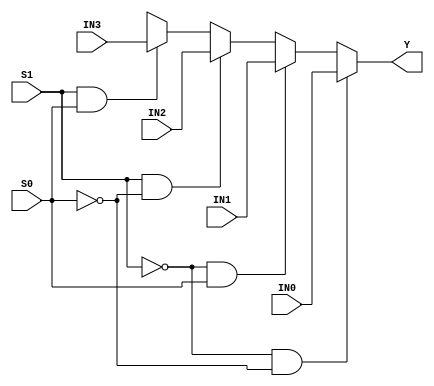
//------------------------------------------------------
// Copyright 1992, 1993 Cascade Design Automation Corporation.
//------------------------------------------------------
module stdmux4(IN0,IN1,IN2,IN3,S0,S1,Y);
  parameter
        d_IN0_r = 0,
        d_IN0_f = 0,
        d_IN1_r = 0,
        d_IN1_f = 0,
        d_IN2_r = 0,
        d_IN2_f = 0,
        d_IN3_r = 0,
        d_IN3_f = 0,
        d_S0_r = 0,
        d_S0_f = 0,
        d_S1_r = 0,
        d_S1_f = 0,
        d_Y_r = 1,
        d_Y_f = 1;
  input  IN0;
  input  IN1;
  input  IN2;
  input  IN3;
  input  S0;
  input  S1;
  output  Y;
  wire  IN0_temp;
  wire  IN1_temp;
  wire  IN2_temp;
  wire  IN3_temp;
  wire  S0_temp;
  wire  S1_temp;
  reg  Y_temp;
  assign #(d_IN0_r,d_IN0_f) IN0_temp = IN0|IN0;
  assign #(d_IN1_r,d_IN1_f) IN1_temp = IN1|IN1;
  assign #(d_IN2_r,d_IN2_f) IN2_temp = IN2|IN2;
  assign #(d_IN3_r,d_IN3_f) IN3_temp = IN3|IN3;
  assign #(d_S0_r,d_S0_f) S0_temp = S0;
  assign #(d_S1_r,d_S1_f) S1_temp = S1;
  assign #(d_Y_r,d_Y_f) Y = Y_temp;
  always
    @(IN0_temp or IN1_temp or IN2_temp or IN3_temp or S0_temp or S1_temp)
      begin
      if(((S1_temp == 1'b0) && (S0_temp == 1'b0)))
        Y_temp = IN0_temp;
      else      if(((S1_temp == 1'b0) && (S0_temp == 1'b1)))
        Y_temp = IN1_temp;
      else      if(((S1_temp == 1'b1) && (S0_temp == 1'b0)))
        Y_temp = IN2_temp;
      else      if(((S1_temp == 1'b1) && (S0_temp == 1'b1)))
        Y_temp = IN3_temp;
      else
        Y_temp = 128'bx;
      end
endmodule